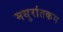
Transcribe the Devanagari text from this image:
मधुरांतकम